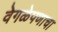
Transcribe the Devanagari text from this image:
वेगळेपणाचा